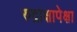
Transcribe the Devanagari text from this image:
रुद्राक्षापेक्षा